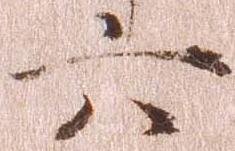
六